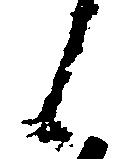
候